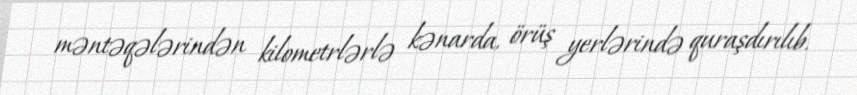
məntəqələrindən kilometrlərlə kənarda, örüş yerlərində quraşdırılıb.